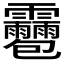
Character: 𩇌